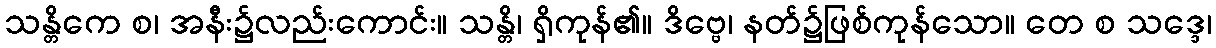
သန္တိကေ စ၊ အနီး၌လည်းကောင်း။ သန္တိ၊ ရှိကုန်၏။ ဒိဗ္ဗေ၊ နတ်၌ဖြစ်ကုန်သော။ တေ စ သဒ္ဒေ၊